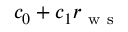
c _ { 0 } + c _ { 1 } r _ { \mathrm { ~ w ~ s ~ } }